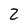
Character: Z